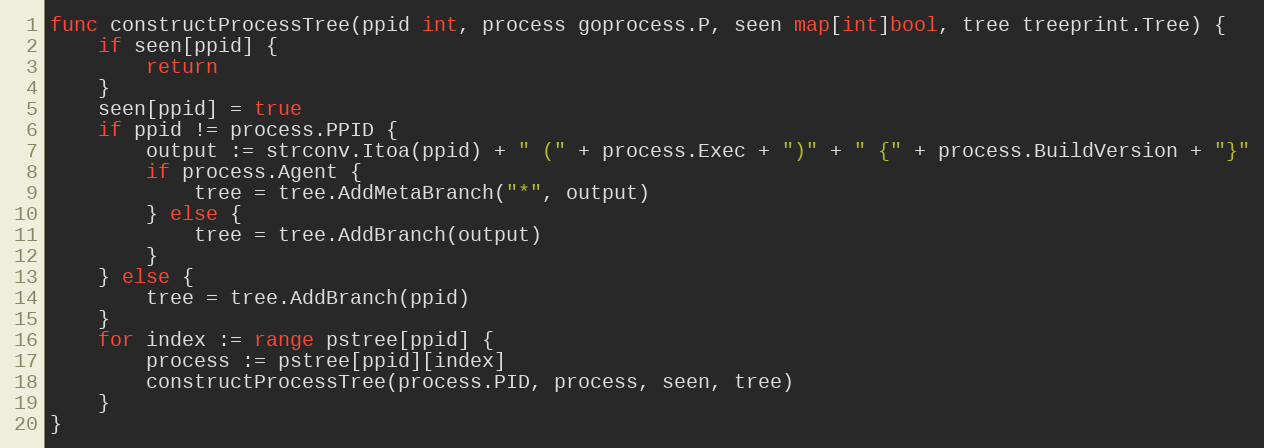
Language: Go
func constructProcessTree(ppid int, process goprocess.P, seen map[int]bool, tree treeprint.Tree) {
	if seen[ppid] {
		return
	}
	seen[ppid] = true
	if ppid != process.PPID {
		output := strconv.Itoa(ppid) + " (" + process.Exec + ")" + " {" + process.BuildVersion + "}"
		if process.Agent {
			tree = tree.AddMetaBranch("*", output)
		} else {
			tree = tree.AddBranch(output)
		}
	} else {
		tree = tree.AddBranch(ppid)
	}
	for index := range pstree[ppid] {
		process := pstree[ppid][index]
		constructProcessTree(process.PID, process, seen, tree)
	}
}